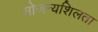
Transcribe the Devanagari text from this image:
सोजन्यशिलता